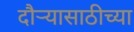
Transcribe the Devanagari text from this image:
दौऱ्यासाठीच्या